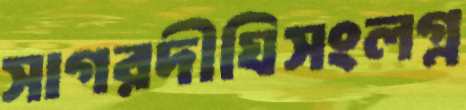
সাগরদীঘিসংলগ্ন